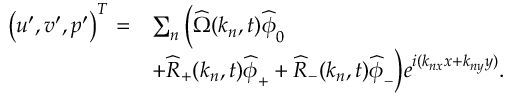
\begin{array} { r l } { \left( u ^ { \prime } , v ^ { \prime } , p ^ { \prime } \right) ^ { T } = } & { \sum _ { n } \Big ( \widehat { \Omega } ( \boldsymbol { k } _ { n } , t ) \widehat { \boldsymbol { \phi } } _ { 0 } } \\ & { + \widehat { R } _ { + } ( \boldsymbol { k } _ { n } , t ) \widehat { \boldsymbol { \phi } } _ { + } + \widehat { R } _ { - } ( \boldsymbol { k } _ { n } , t ) \widehat { \boldsymbol { \phi } } _ { - } \Big ) e ^ { i ( k _ { n x } x + k _ { n y } y ) } . } \end{array}